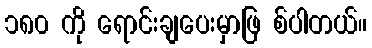
၁၈၀ ကို ရောင်းချပေးမှာဖြ စ်ပါတယ်။